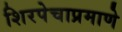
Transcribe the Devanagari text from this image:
शिरपेचाप्रमाणे